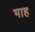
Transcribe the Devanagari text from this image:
भाह